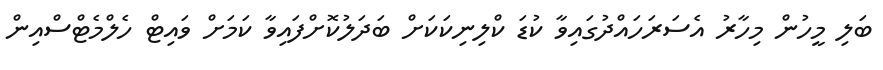
ބަލި މީހުން މިހާރު އެސަރަހައްދުގައިވާ ކުޑަ ކްލިނިކަކަށް ބަދަލުކޮށްފައިވާ ކަމަށް ވައިޓް ހެލްމެޓްސްއިން